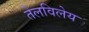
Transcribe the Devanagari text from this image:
तेलविलेय